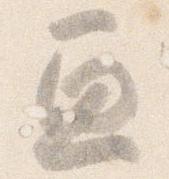
血